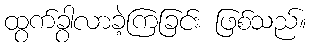
ထွက်ခွာလာခဲ့ကြခြင်း ဖြစ်သည်။